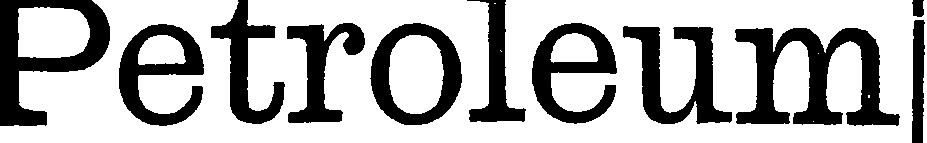
Petroleum|